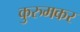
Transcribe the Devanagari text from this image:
कुरुमकर